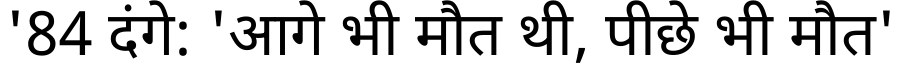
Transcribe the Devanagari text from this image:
'84 दंगे: 'आगे भी मौत थी, पीछे भी मौत'